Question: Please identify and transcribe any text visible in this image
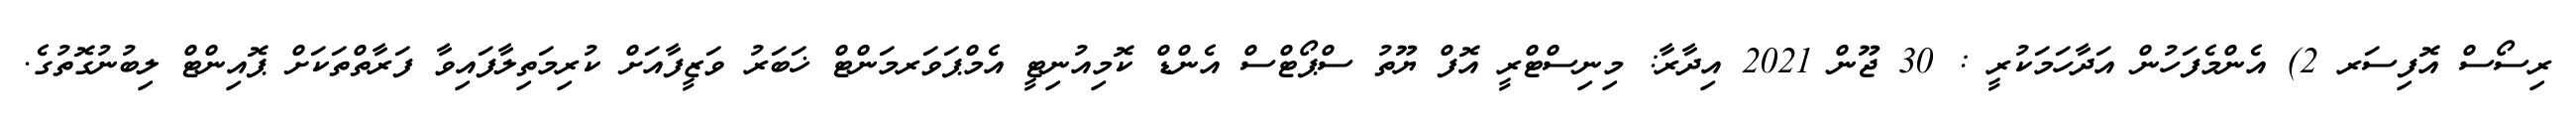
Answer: ރިސޯސް އޮފިސަރ 2) އެންމެފަހުން އަދާހަމަކުރީ : 30 ޖޫން 2021 އިދާރާ: މިނިސްޓްރީ އޮފް ޔޫތު ސްޕޯޓްސް އެންޑް ކޮމިއުނިޓީ އެމްޕަވަރމަންޓް ޚަބަރު ވަޒީފާއަށް ކުރިމަތިލާފައިވާ ފަރާތްތަކަށް ޕޮއިންޓް ލިބުނުގޮތުގެ.